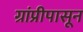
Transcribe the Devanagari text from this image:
ग्रांप्रीपासून